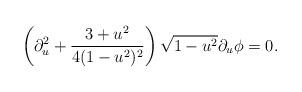
LaTeX: \begin{align*}\left(\partial_u^2 +{3+u^2\over4(1-u^2)^2}\right)\sqrt{1-u^2}\partial_u\phi=0.\end{align*}